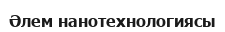
Әлем нанотехнологиясы